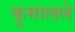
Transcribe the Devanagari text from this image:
कुमालले